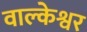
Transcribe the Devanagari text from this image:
वाल्केश्वर